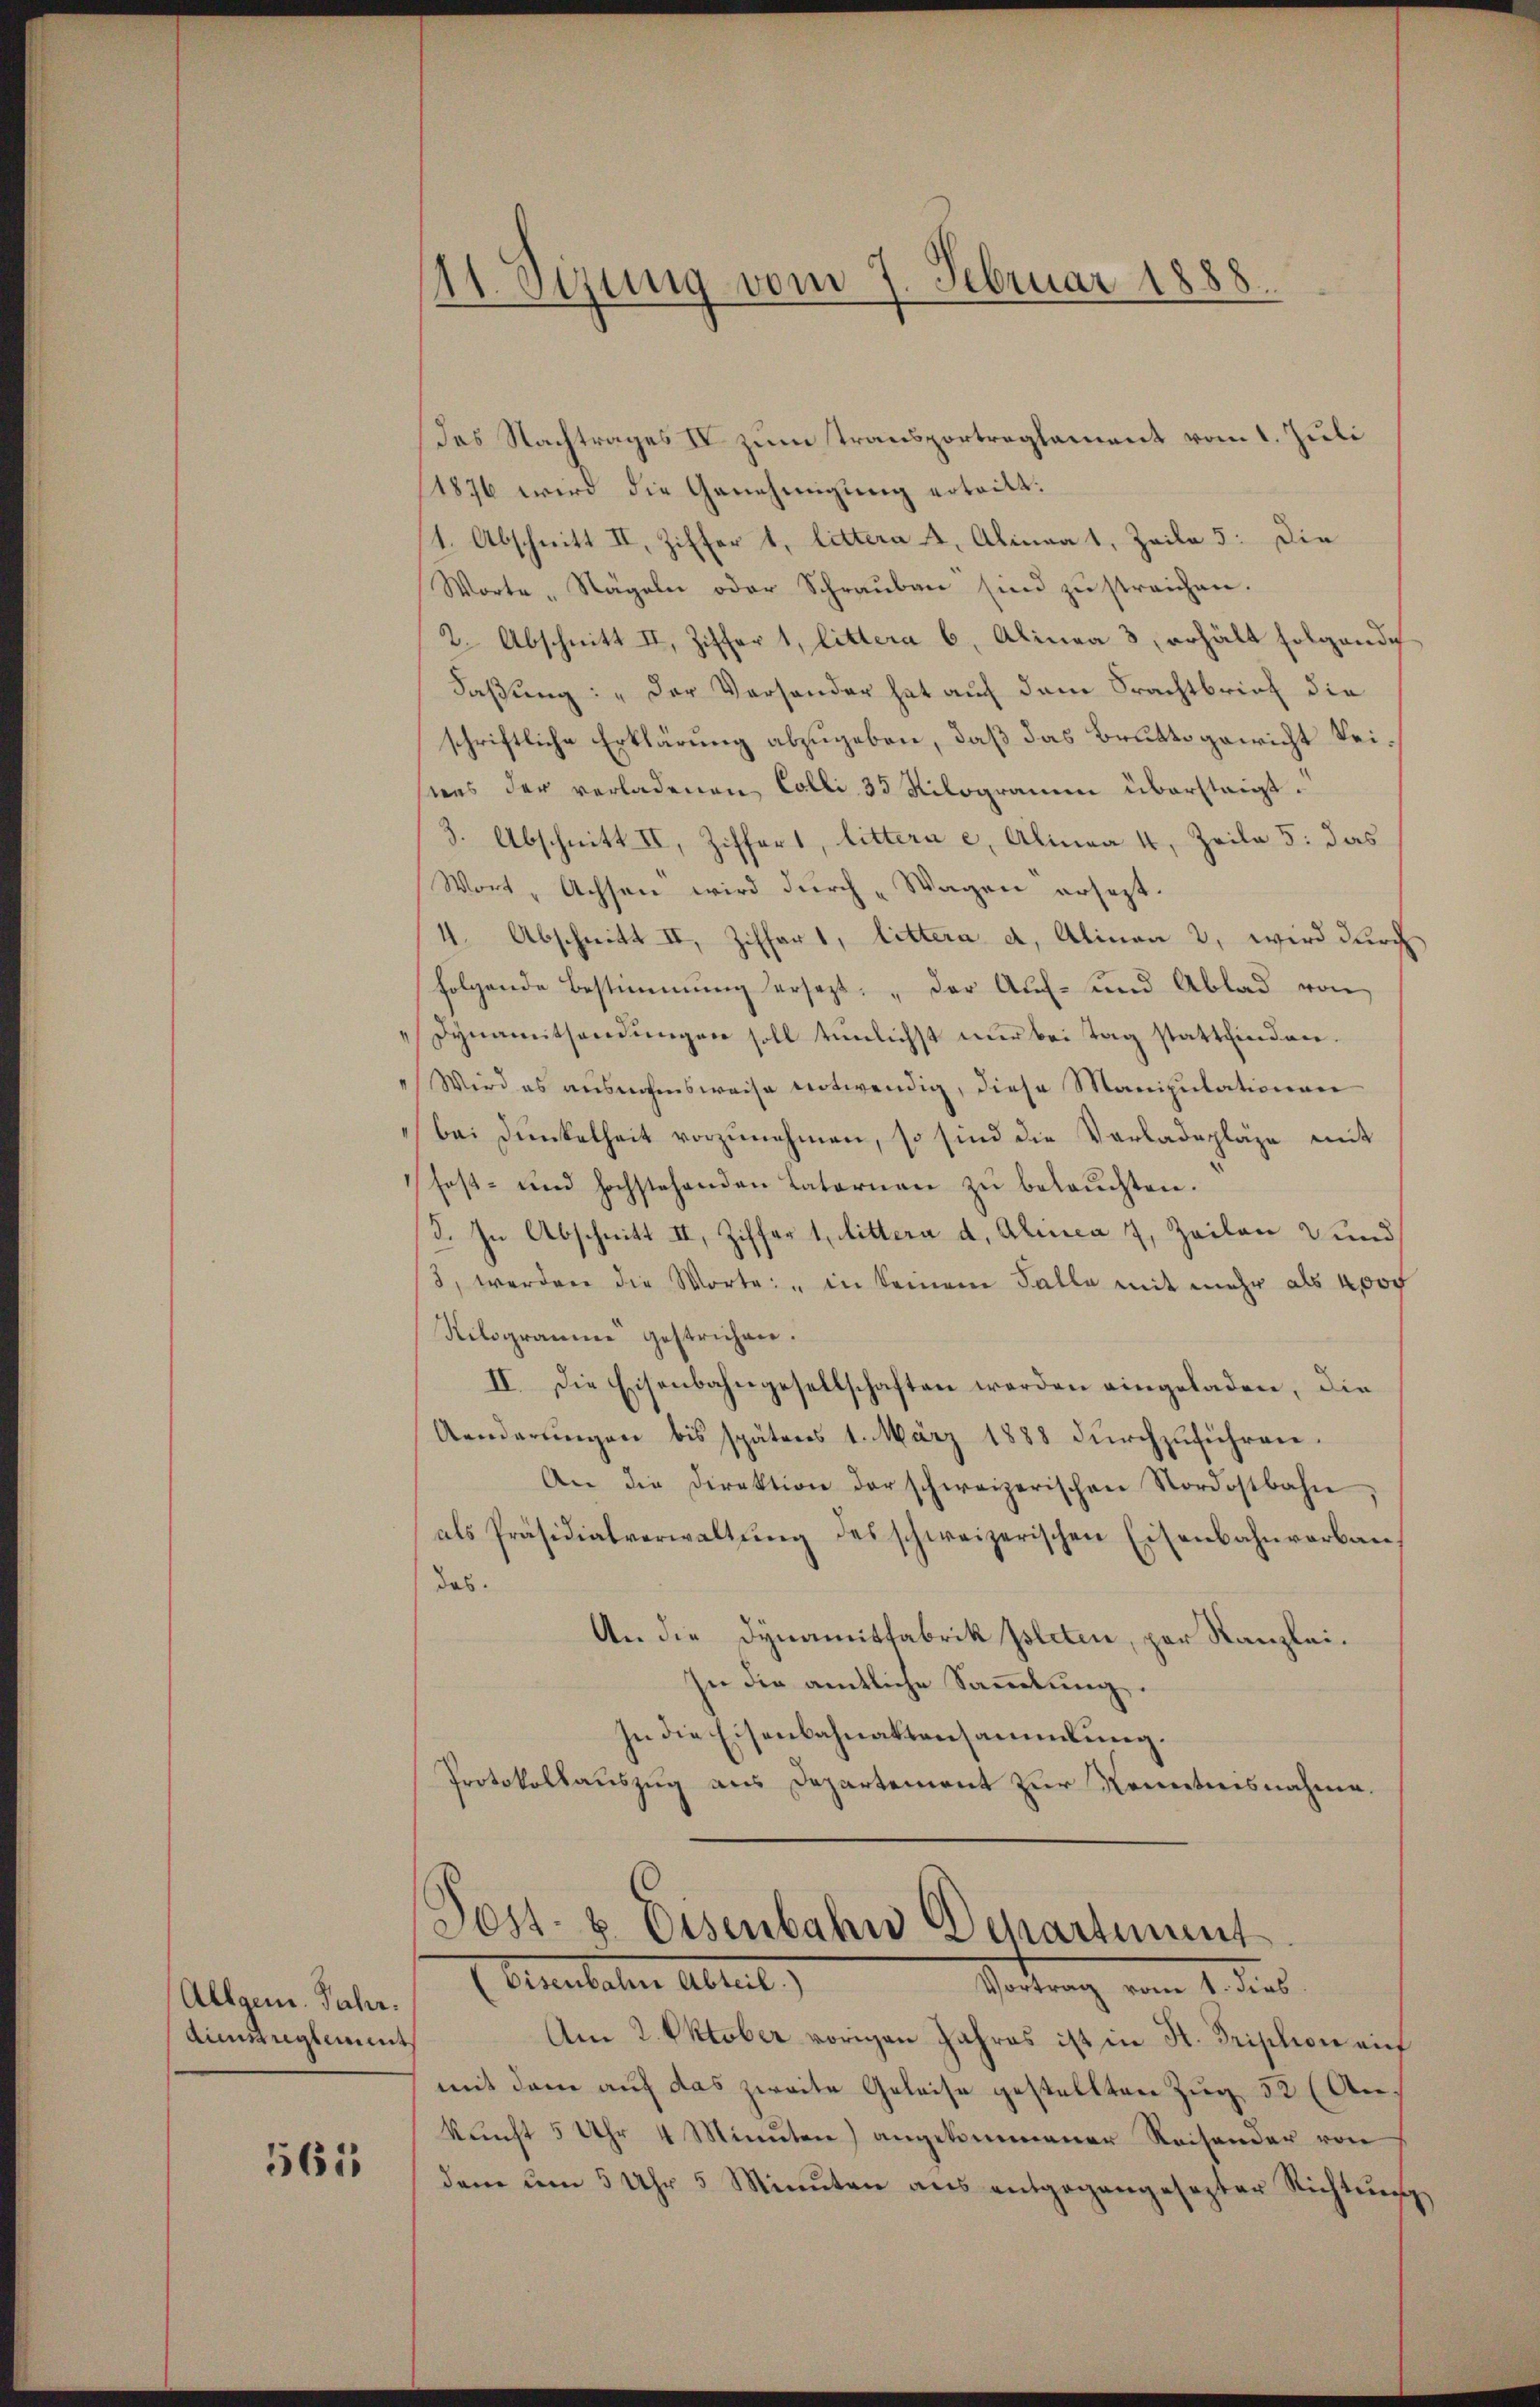
Allgem. Jahr.
Aunsreglement

561

11. Sezung vom 7. Februar 1888.

das Nachtrages IV zum Transportreglement vom 1. Juli
1876 wird die Genehmigung ertritt.
1. Abschnitt II, Ziffer 1, littera A. Alinea 1, Zeile 5: die
Worte „Nägeln oder Schrauben sind zu streichen.
2. Abschnitt II. Ziffer 1, littera 6. Alinea 3, erhält folgende
Faßung: „Der Versonder hat auf dem Frachtbrief die
schriftliche Erklärung abzugeben, daß das Bruttogericht keistens der verladenen Colli 35 Nilogramm übersteigt.
3. Abschnitt II, Ziffers, littera c. Alinea 4, Zeile 5: das
Wort „Achsen wird durch „Wagen ersezt.
11. Abschnitt II, Ziffart, littera d, Alinea 2, wird durch
folgende Bestimmung ersezt, „der Auf- und Ablad von
Dynamitsendungen soll tunlichst nur bei Tag stattfinden.
Wird es ausnahmsweise entwendig, diese Manipulationen
bei Dunkelheit vorzunehmen, so sind die Vorladepläge mit
fost- und hochstehenden Laternau zu belauchten.
3. In Abschnitt II, Ziffer 1. Mittera d. Alinea 2. Zeilen und
3, werden die Worte: "in keinem Falle mit mehr als Apot
Rilogramme gestrichen.
II. Die Eisenbahngesellschaften werden eingeladen, die
Aenderŭngen bis spätens 1. März 1888 dŭrchzuführen.
An die Direktion der schweizerischen Nordostbahn
als Präsidialverwaltŭng des schweizerischen Eisenbahnverban
das.
An die Dynamitfabrik pleten, per Kanzlei.
In die amtliche Sammlung.
In die Eisenbahnaktensammlung.
Protokollauszug aus Departement zur Kenntnisnahme.
Poss. v. Eisenbahn Departient
E Anbeten Abteil
Vortrag vom 1. dies
Am 2. Oktober vorigen Jahres ist in H. Tription auf
mit dem auf das zweite Geleise gestellten Zug 52 (Ankunft 5 Uhr 4 Minuten) angekommener Reisender von
dem um 5 Uhr 5 Minuten ans entgegangesezter Richtung,